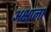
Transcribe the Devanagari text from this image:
अक्षाला